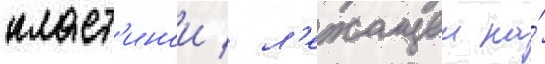
пласт'инои / л'ежащеи на́